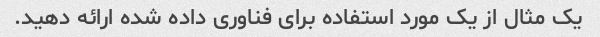
یک مثال از یک مورد استفاده برای فناوری داده شده ارائه دهید.